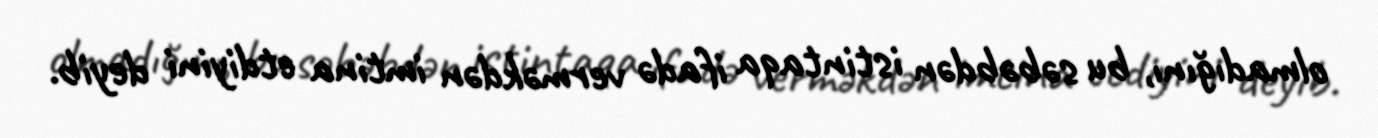
olmadığını, bu səbəbdən istintaqa ifadə verməkdən imtina etdiyini deyib.